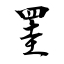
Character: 罜